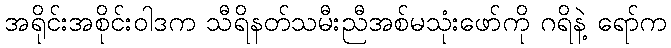
အရိုင်းအစိုင်းဝါဒက သီရိနတ်သမီးညီအစ်မသုံးဖော်ကို ဂရိနဲ့ ရော်က